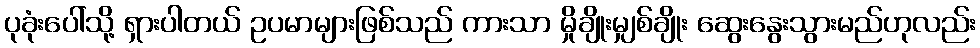
ပုခုံးပေါ်သို့ ရှားပါတယ် ဥပမာများဖြစ်သည် ကားသာ မှိုချိုးမျှစ်ချိုး ဆွေးနွေးသွားမည်ဟုလည်း